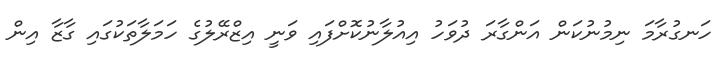
ހަނގުރާމަ ނިމުނުކަން އަންގާރަ ދުވަހު އިއުލާނުކޮށްފައި ވަނީ އިޒްރޭލުގެ ހަމަލާތަކުގައި ގާޒާ އިން